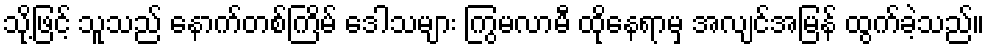
သို့ဖြင့် သူသည် နောက်တစ်ကြိမ် ဒေါသများ ကြွမလာမီ ထိုနေရာမှ အလျင်အမြန် ထွက်ခဲ့သည်။